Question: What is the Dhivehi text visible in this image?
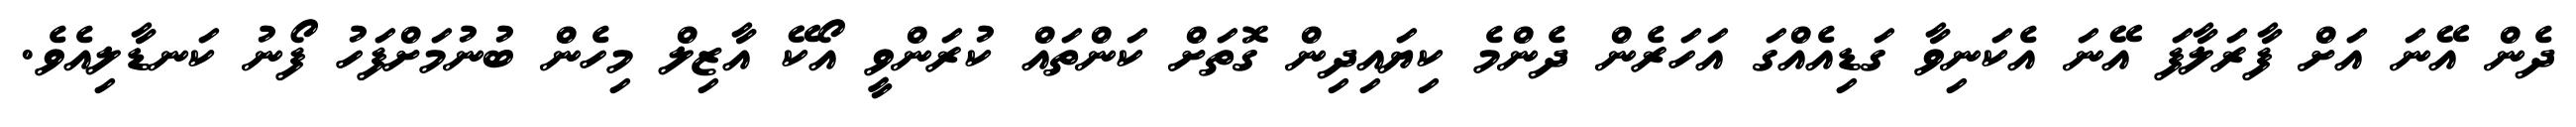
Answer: ދެން އޭނަ އަށް ފާރަލާފަ އޭނަ އެކަނިވާ ގަޑިއެއްގަ އަހަރެން ދެންމެ ކިޔައިދިން ގޮތަށް ކަންތައް ކުރަންވީ އޯކޭ އާޒިލް މިހެން ބުނުމަށްފަހު ފޯނު ކަނޑާލިއެވެ.